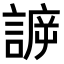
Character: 𧩯